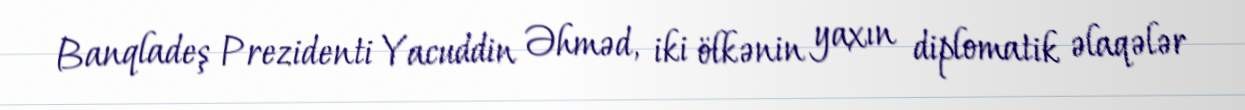
Banqladeş Prezidenti Yacuddin Əhməd, iki ölkənin yaxın diplomatik əlaqələr